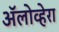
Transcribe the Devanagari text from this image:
ॲलोव्हेरा